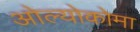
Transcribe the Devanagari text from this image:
ओल्योकोमा